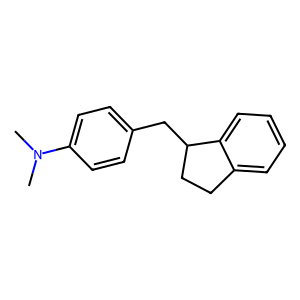
SMILES: CN(C)c1ccc(CC2CCc3ccccc32)cc1
Inhibits HIV replication: No